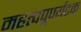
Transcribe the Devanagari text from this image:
महत्वपूर्ण्यटक